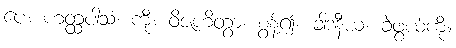
ပေ။ ဟတ္ထပါသံ၊ ကို။ ဝိဇဟိတွာ၊ စွန့်၍။ ခါဒနီယံ၊ ခဲဖွယ်ကို။